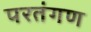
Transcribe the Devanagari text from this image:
परतंगण